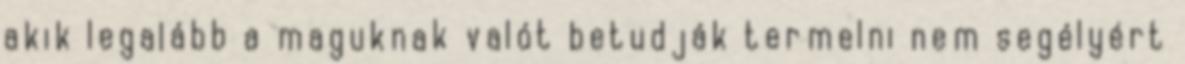
akik legalább a maguknak valót betudják termelni nem segélyért